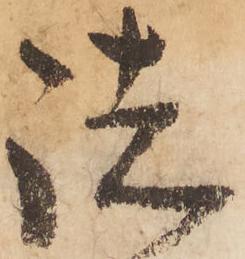
諸